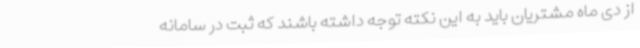
از دی ماه مشتریان باید به این نکته توجه داشته باشند که ثبت در سامانه